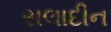
સલાદીન